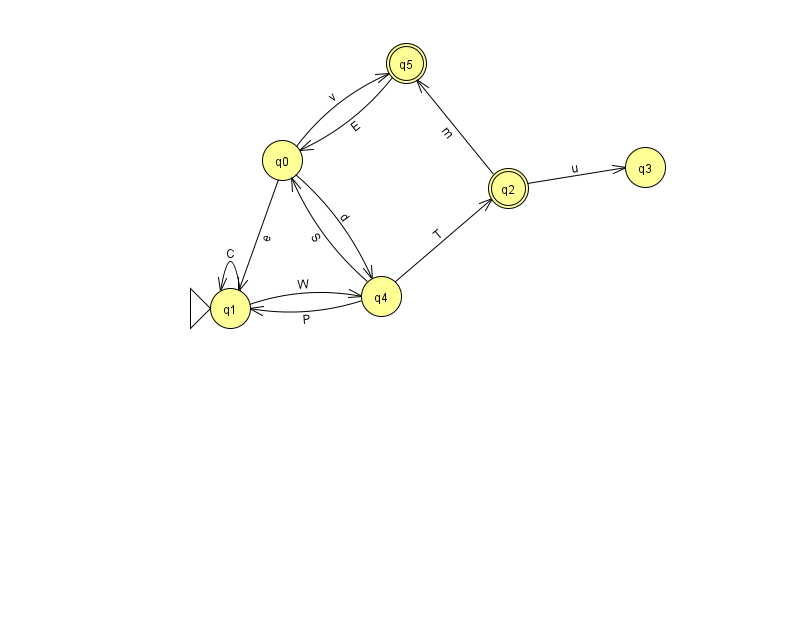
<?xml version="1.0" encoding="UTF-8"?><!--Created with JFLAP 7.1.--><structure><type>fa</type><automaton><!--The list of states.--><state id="0" name="q0"><x>282.0</x><y>147.0</y></state><state id="1" name="q1"><x>230.0</x><y>295.0</y><initial/></state><state id="2" name="q2"><x>508.0</x><y>175.0</y><final/></state><state id="3" name="q3"><x>645.0</x><y>154.0</y></state><state id="4" name="q4"><x>381.0</x><y>283.0</y></state><state id="5" name="q5"><x>406.0</x><y>50.0</y><final/></state><!--The list of transitions.--><transition><from>4</from><to>1</to><read>P</read></transition><transition><from>4</from><to>2</to><read>T</read></transition><transition><from>1</from><to>1</to><read>C</read></transition><transition><from>1</from><to>4</to><read>W</read></transition><transition><from>2</from><to>3</to><read>u</read></transition><transition><from>0</from><to>1</to><read>e</read></transition><transition><from>0</from><to>4</to><read>d</read></transition><transition><from>0</from><to>5</to><read>v</read></transition><transition><from>4</from><to>0</to><read>S</read></transition><transition><from>2</from><to>5</to><read>m</read></transition><transition><from>5</from><to>0</to><read>E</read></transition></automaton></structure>